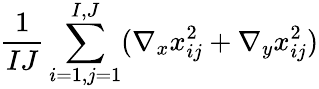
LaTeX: \frac{1}{IJ}\sum_{i=1,j=1}^{I,J}(\nabla_{x}x_{ij}^{2}+\nabla_{y}x_{ij}^{2})